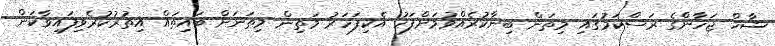
ޝާހް ޖަހާންގެ ރަސްކަމުގައި މިތަން ބިނާކުރެއްވުމަށްފަހު އެކިފަހަރު މަތިން މިތަނަށް ބައިތައް އިތުރުކުރެވިފައިވާކަން